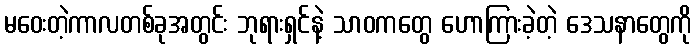
မဝေးတဲ့ကာလတစ်ခုအတွင်း ဘုရားရှင်နဲ့ သာဝကတွေ ဟောကြားခဲ့တဲ့ ဒေသနာတွေကို